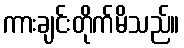
ကားချင်းတိုက်မိသည်။